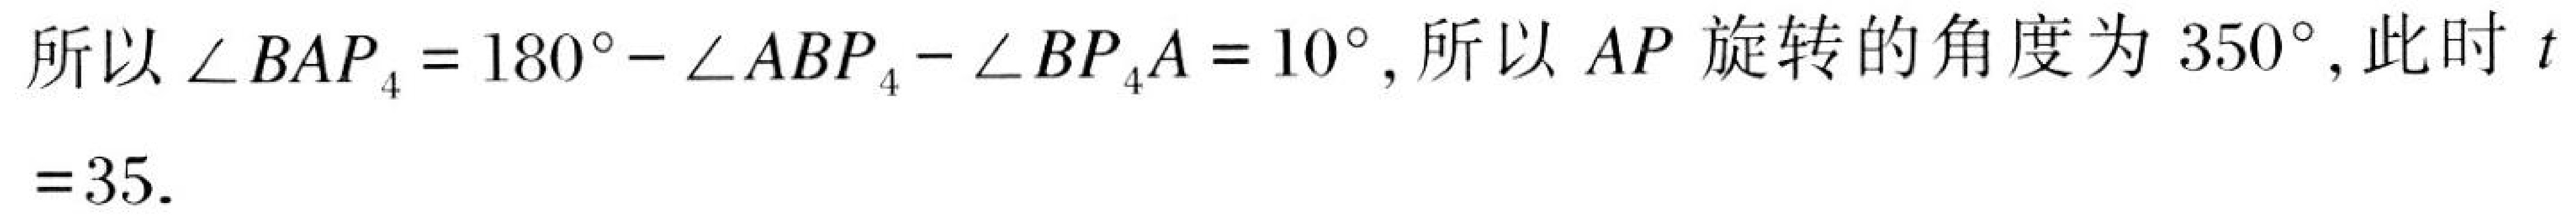
所以\(\angle BAP_{4}=180^{\circ}-\angle ABP_{4}-\angle BP_{4}A = 10^{\circ}\), 所以 \(AP\) 旋转的角度为\(350^{\circ}\), 此时 \(t = 35\).